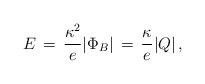
LaTeX: \begin{align*} E \, = \, {\kappa^2 \over e} |\Phi_B| \, = \, {\kappa \over e} |Q| \, ,\end{align*}